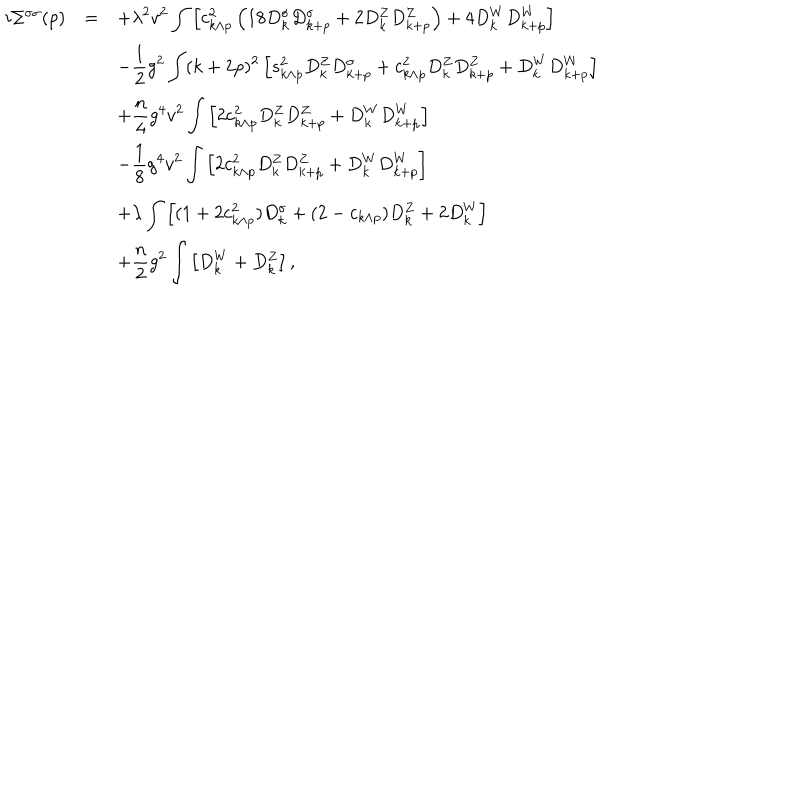
LaTeX: \begin{array} { r c l } { { i \Sigma ^ { \sigma \sigma } ( p ) } } & { { = } } & { { \displaystyle + \lambda ^ { 2 } v ^ { 2 } \int \left[ c _ { k \wedge p } ^ { 2 } \left( 1 8 D _ { k } ^ { \sigma } D _ { k + p } ^ { \sigma } + 2 D _ { k } ^ { Z } D _ { k + p } ^ { Z } \right) + 4 D _ { k } ^ { W } D _ { k + p } ^ { W } \right] } } \\ { { } } & { { } } & { { \displaystyle - \frac { 1 } { 2 } g ^ { 2 } \int ( k + 2 p ) ^ { 2 } \left[ s _ { k \wedge p } ^ { 2 } D _ { k } ^ { Z } D _ { k + p } ^ { \sigma } + c _ { k \wedge p } ^ { 2 } D _ { k } ^ { Z } D _ { k + p } ^ { Z } + D _ { k } ^ { W } D _ { k + p } ^ { W } \right] } } \\ { { } } & { { } } & { { \displaystyle + \frac { n } { 4 } g ^ { 4 } v ^ { 2 } \int \left[ 2 c _ { k \wedge p } ^ { 2 } D _ { k } ^ { Z } D _ { k + p } ^ { Z } + D _ { k } ^ { W } D _ { k + p } ^ { W } \right] } } \\ { { } } & { { } } & { { \displaystyle - \frac { 1 } { 8 } g ^ { 4 } v ^ { 2 } \int \left[ 2 c _ { k \wedge p } ^ { 2 } D _ { k } ^ { Z } D _ { k + p } ^ { Z } + D _ { k } ^ { W } D _ { k + p } ^ { W } \right] } } \\ { { } } & { { } } & { { \displaystyle + \lambda \int \left[ ( 1 + 2 c _ { k \wedge p } ^ { 2 } ) D _ { k } ^ { \sigma } + ( 2 - c _ { k \wedge p } ) D _ { k } ^ { Z } + 2 D _ { k } ^ { W } \right] } } \\ { { } } & { { } } & { { \displaystyle + \frac { n } { 2 } g ^ { 2 } \int \left[ D _ { k } ^ { W } + D _ { k } ^ { Z } \right] , } } \\ \end{array}